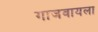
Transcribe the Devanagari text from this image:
गाजवायला